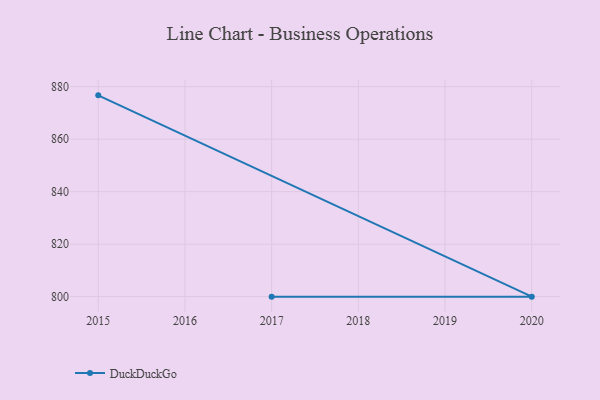
{"axis": {"x": "Year", "y": "LTV (USD)"}, "legend": ["DuckDuckGo"], "data": [{"x": "2015", "y": 876.7, "type": "DuckDuckGo"}, {"x": "2020", "y": 800, "type": "DuckDuckGo"}, {"x": "2017", "y": 800, "type": "DuckDuckGo"}]}